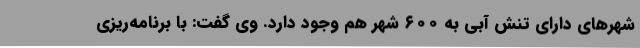
شهرهای دارای تنش آبی به ۶۰۰ شهر هم وجود دارد. وی گفت: با برنامه‌ریزی